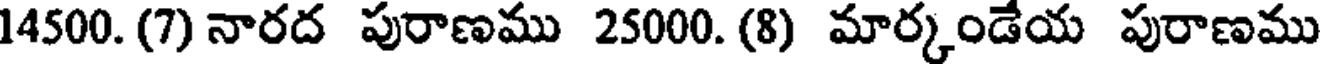
14500. (7) నారద పురాణము 25000. (8) మార్కండేయ పురాణము